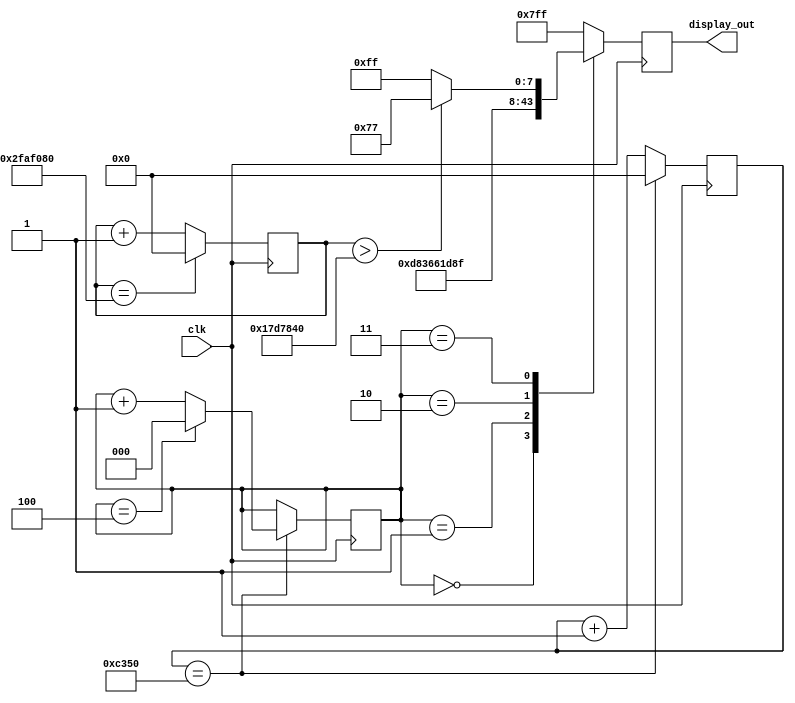
`timescale 1ns / 1ps
//////////////////////////////////////////////////////////////////////////////////
// Company:
// Engineer:
//
// Design Name:
// Module Name: display_7seg
// Project Name:
// Target Devices:
// Tool Versions:
// Description:
//
// Dependencies:
//
// Revision:
// Revision 0.01 - File Created
// Additional Comments:
//
//////////////////////////////////////////////////////////////////////////////////


module display_7seg(
    input clk,
    output reg[10:0] display_out
);

reg [63:0]count = 0;
reg [63:0]running = 0;
reg [2:0]sel = 0;

parameter T1S=50000000;
parameter T1MS=50000;

always@(posedge clk)
begin
            case(sel)
            0:display_out<=11'b1101_1000001;
            1:display_out<=11'b1011_0011000;
            2:display_out<=11'b0111_0110001;
            3:display_out<=(running > (T1S/2)) ? 11'b1110_1110111 : 11'b1111_1111111;
            default:display_out<=11'b1111_1111111;
            endcase
            if (running == T1S) begin
                        running <= 0;
            end else begin
                        running <= running + 1;
            end
end
always@(posedge clk)
    begin
    count<=count+1;
    if(count==T1MS)
    begin
    count<=0;
    sel<=sel+1;
    if(sel==4)
    sel<=0;
    end
end
endmodule